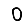
Digit: 0